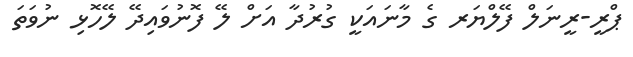
ޕްރީ-ރީނަލް ފޭލްޔަރ ގެ މާނައަކީ ގުރުދާ އަށް ލޭ ފޮނުވައިދޭ ލޭހޮޅި ނުވަތަ